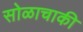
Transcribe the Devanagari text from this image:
सोळाचाकी